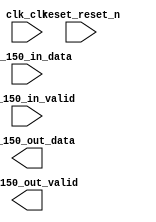

module NCO_150 (
	clk_clk,
	nco_150_in_valid,
	nco_150_in_data,
	nco_150_out_data,
	nco_150_out_valid,
	reset_reset_n);	

	input		clk_clk;
	input		nco_150_in_valid;
	input	[12:0]	nco_150_in_data;
	output	[9:0]	nco_150_out_data;
	output		nco_150_out_valid;
	input		reset_reset_n;
endmodule